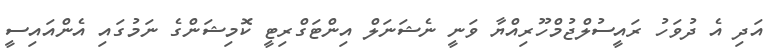
އަދި އެ ދުވަހު ރައީސުލްޖުމްހޫރިއްޔާ ވަނީ ނެޝަނަލް އިންޓަގްރިޓީ ކޮމިޝަންގެ ނަމުގައި އެންއައިސީ